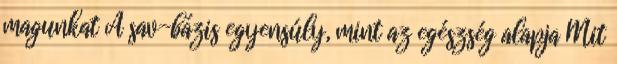
magunkat A sav-bázis egyensúly, mint az egészség alapja Mit